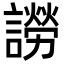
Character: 䜎